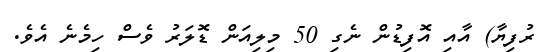
ރުފިޔާ) އާއި އޮފިޑުން ނެގި 50 މިލިއަން ޑޮލަރު ވެސް ހިމެނެ އެވެ.